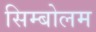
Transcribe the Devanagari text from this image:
सिम्बोलम